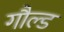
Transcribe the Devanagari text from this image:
गौल्ड